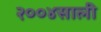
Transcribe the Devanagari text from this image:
२००४साली